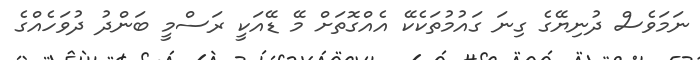
ނަމަވެސް ދުނިޔޭގެ ގިނަ ގައުމުތަކެކޭ އެއްގޮތަށް މޭ ޑޭއަކީ ރަސްމީ ބަންދު ދުވަހެއްގެ